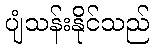
ပျံသန်းနိုင်သည်